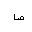
Letter: _sad